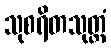
သုစရိတသုတ္တံ